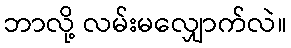
ဘာလို့ လမ်းမလျှောက်လဲ။